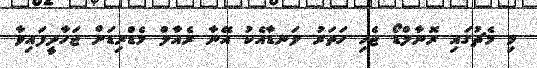
މި މެޗުގައި ރޮނާލްޑޯ ޖެހި ހަތަރު ލަނޑާއެކު އޭނާ ރެއާލް މެޑްރިޑަށް ޖަހާދީފައިވާ